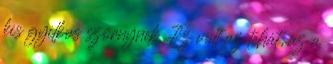
kis gyilkos szörnynek. Ez volt az tehát, az a